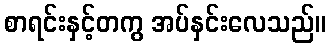
စာရင်းနှင့်တကွ အပ်နှင်းလေသည်။